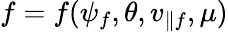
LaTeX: f=f(\psi_{f},\theta,v_{\parallel f},\mu)